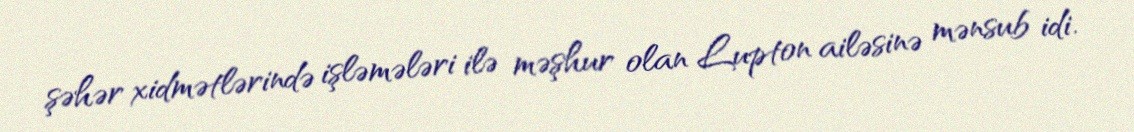
şəhər xidmətlərində işləmələri ilə məşhur olan Lupton ailəsinə mənsub idi.